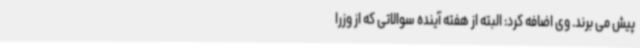
پیش می برند. وی اضافه کرد: البته از هفته آینده سوالاتی که از وزرا